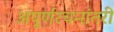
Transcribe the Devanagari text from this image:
अपूर्णरचनांतरी